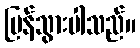
ပြန်သွားပါသည်။